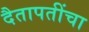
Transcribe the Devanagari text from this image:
दैतापतींचा